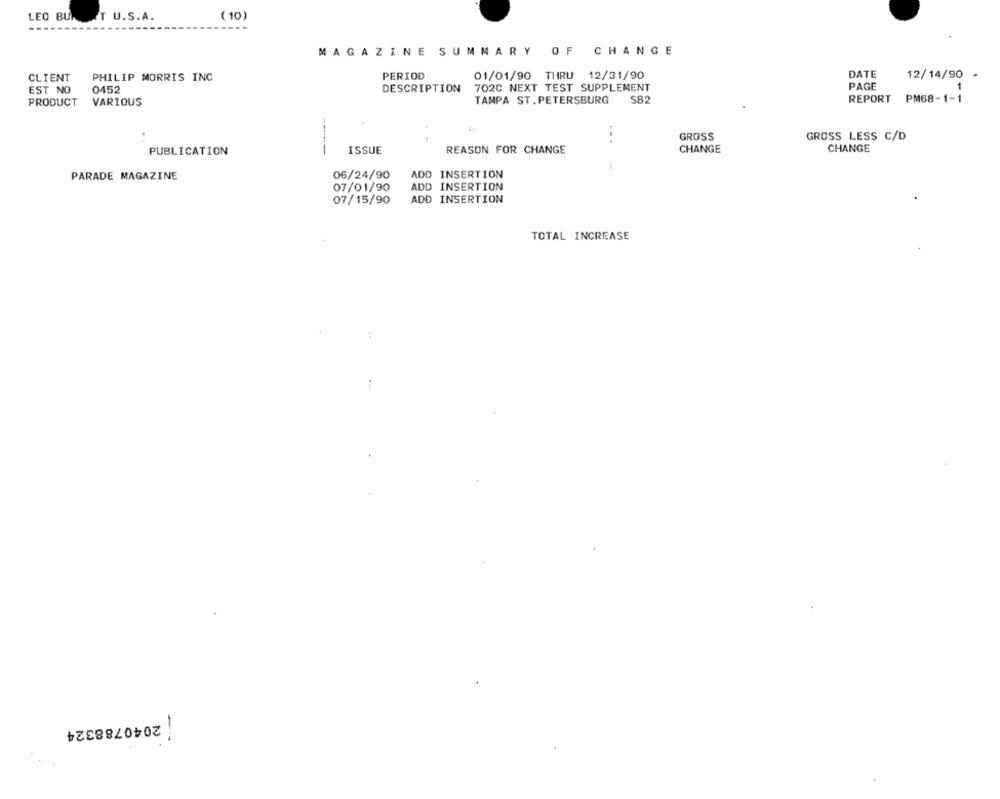
( 10)
LEO BUR
AT U.S.A.
MAGAZINE SUMMARY OF CHANGE
DATE
CLIENT
PHILIP MORRIS INC
PERIOD
01/01/90 THRU 12/31/90
12/14/90
EST NO
0452
DESCRIPTION
702C NEXT TEST SUPPLEMENT
PAGE
1
PRODUCT
VARIOUS
TAMPA ST.PETERSBURG
SB2
REPORT
PM68-1-1
.
GROSS
GROSS LESS C/D
...
PUBLICATION
ISSUE
REASON FOR CHANGE
CHANGE
CHANGE
PARADE MAGAZINE
06/24/90
ADD INSERTION
07/01/90
ADD INSERTION
07/15/90
ADD INSERTION
TOTAL INCREASE
1
2040788324